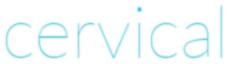
cervical